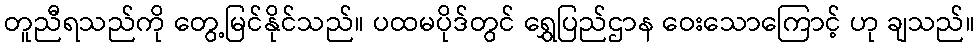
တူညီရသည်ကို တွေ့မြင်နိုင်သည်။ ပထမပိုဒ်တွင် ရွှေပြည်ဌာန ဝေးသောကြောင့် ဟု ချသည်။